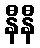
နီနီ